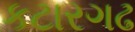
કટારગઢ